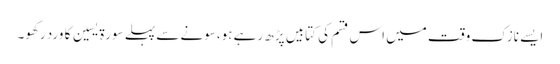
ایسے نازک وقت میں اس قسم کی کتابیں پڑھ رہے ہو،سونے سے پہلے سورة یسین کا ورد رکھو۔